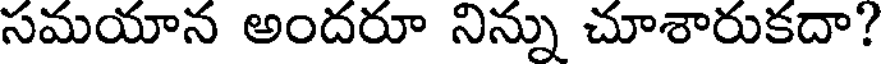
సమయాన అందరూ నిన్ను చూశారుకదా?